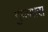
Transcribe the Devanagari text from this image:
गुंपणारा